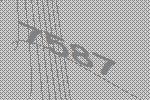
7587